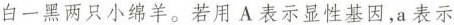
白一黑两只小绵羊。若用A表示显性基因，a表示